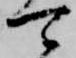
可